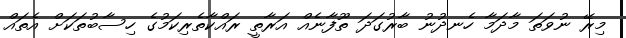
މިރޭ ނުވަތަ މާދަމާ ހެނދުނު ބާރުގަދަ ތޫފާނެއް އަރާތީ ރައްކާތެރިކަމުގެ ހިސާބުތަކަށް އެތައް